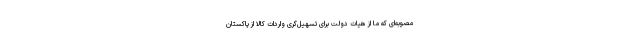
مصوبه‌ای که ما از هیات دولت برای تسهیل‌گری واردات کالا از پاکستان